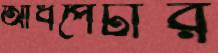
আধপেটার